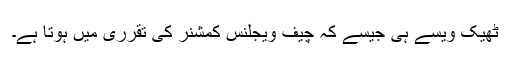
ٹھیک ویسے ہی جیسے کہ چیف ویجلنس کمشنر کی تقرری میں ہوتا ہے۔